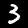
Label: 3